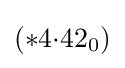
(*4{\cdot }42_{0})